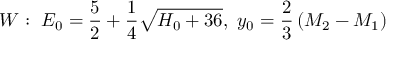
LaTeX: W : ~ E _ { 0 } = { \frac { 5 } { 2 } } + { \frac { 1 } { 4 } } \sqrt { H _ { 0 } + 3 6 } , ~ y _ { 0 } = { \frac { 2 } { 3 } } \left( M _ { 2 } - M _ { 1 } \right)